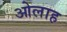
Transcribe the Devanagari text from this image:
ओलाह